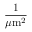
\frac { 1 } { \mu \mathrm { m } ^ { 2 } }